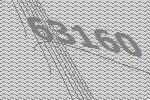
63160